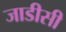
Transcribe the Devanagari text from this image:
जाडीसी